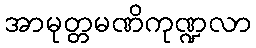
အာမုတ္တမဏိကုဏ္ဍလာ